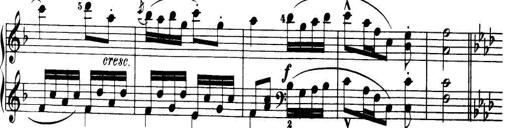
Title: 32 Sonatinas and Rondos for the Piano
Composer: Richard Kleinmichel